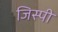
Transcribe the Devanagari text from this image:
जिस्पी